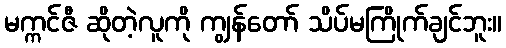
မက္ကင်ဇီ ဆိုတဲ့လူကို ကျွန်တော် သိပ်မကြိုက်ချင်ဘူး။